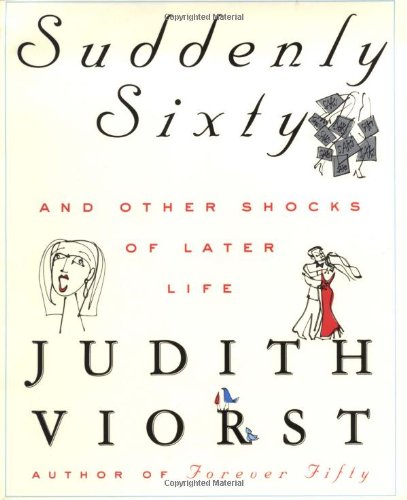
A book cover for Suddenly Sixty And Other Shocks Of Later Life; Judith Viorst; Humor & Entertainment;